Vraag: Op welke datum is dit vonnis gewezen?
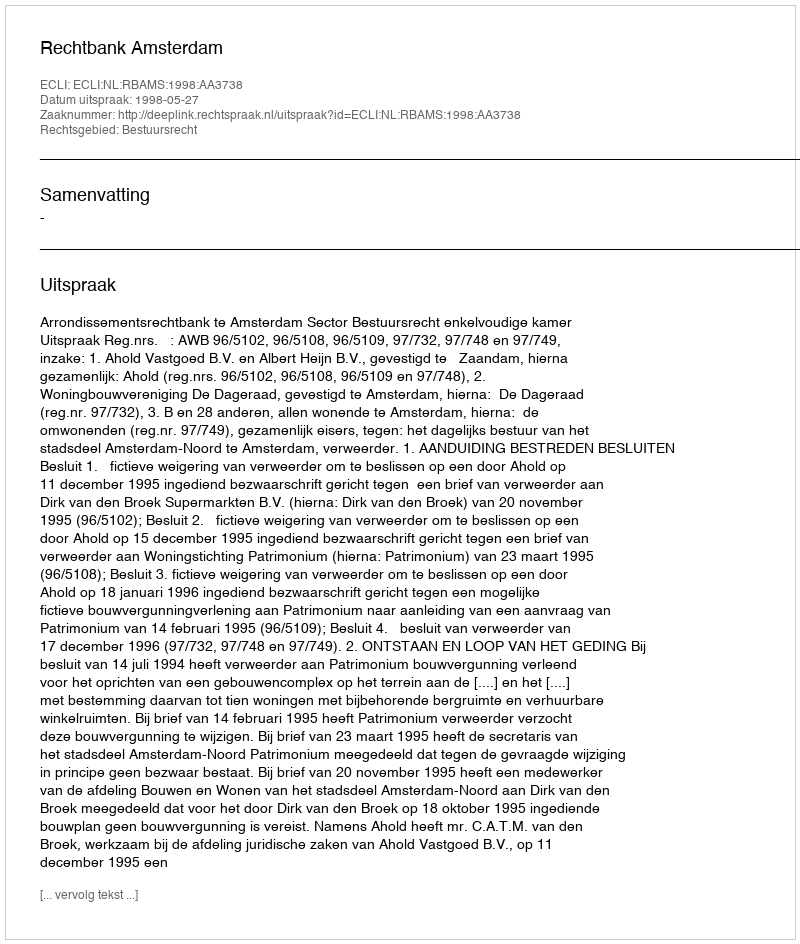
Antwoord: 1998-05-27